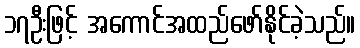
၁၇ဦးဖြင့် အကောင်အထည်ဖော်နိုင်ခဲ့သည်။